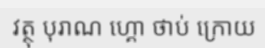
វត្ថុ បុរាណ ហ្គោ ថាប់ ក្រោយ